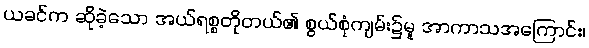
ယခင်က ဆိုခဲ့သော အယ်ရစ္စတိုတယ်၏ စွယ်စုံကျမ်း၌မူ အာကာသအကြောင်း၊